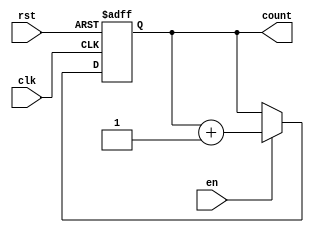
module synchronous_counter (
    input wire clk,     // Clock signal
    input wire rst,     // Reset signal
    input wire en,      // Enable signal
    output reg [N-1:0] count // Count output
);
    parameter N = 3; // Width of the counter (3 bits by default)

    always @(posedge clk or posedge rst) begin
        if (rst) begin
            count <= 0; // Reset count to 0
        end else if (en) begin
            count <= count + 1; // Increment count on enable
        end
    end

endmodule